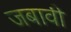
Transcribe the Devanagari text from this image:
जबावी